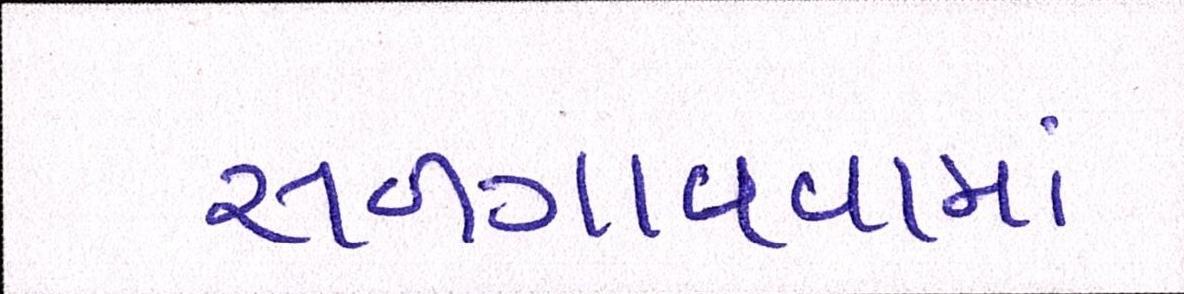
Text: સળગાવવામાં